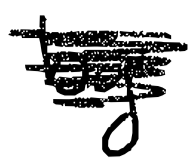
Text: by
Cross-out: scratch
Writing tool: digital_black